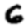
Digit: 6